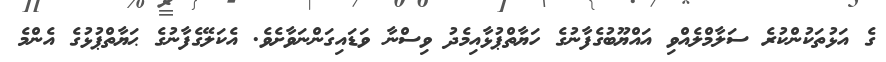
ގެ އަޅުތަކުންކުރެ ސަލާމްލެއްވި އައްޔޫބުގެފާނުގެ ހަޔާތްޕުޅާއިމެދު ވިސްނާ ވަޑައިގަންނަވާށެވެ. އެކަލޭގެފާނުގެ ޙަޔާތްޕުޅުގެ އެންމެ